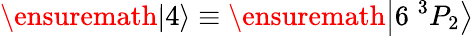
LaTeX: \ensuremath{\left|4\right\rangle}\equiv\ensuremath{\left|6\; ^{3}P_{2}\right\rangle}